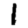
Digit: 1